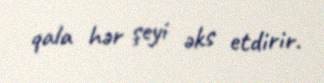
qala hər şeyi əks etdirir.